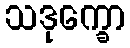
သဒုက္ခော